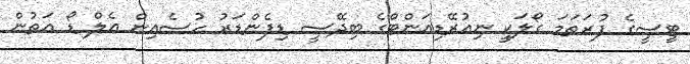
ޓީސީގެ ފުރަތަމަ ގޯލަކީ ނިއުރޭޑިއަންޓްގެ ބިދޭސީ ޑިފެންޑަރު ހުސެއިން އެލް ޑޯ އަތުން